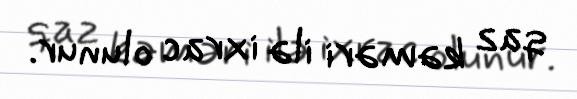
qaz kəməri ilə ixrac olunur.